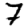
Digit: 7